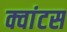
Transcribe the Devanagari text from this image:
क्वांटस